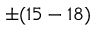
\pm ( 1 5 - 1 8 )